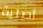
أصلية